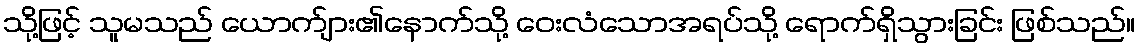
သို့ဖြင့် သူမသည် ယောက်ျား၏နောက်သို့ ဝေးလံသောအရပ်သို့ ရောက်ရှိသွားခြင်း ဖြစ်သည်။